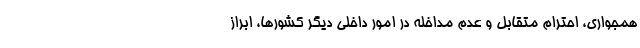
همجواری، احترام متقابل و عدم مداخله در امور داخلی دیگر کشورها، ابراز